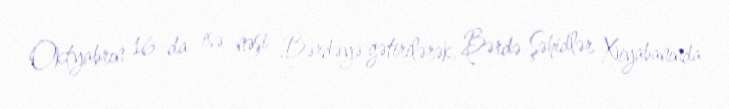
Oktyabrın 16-da isə nəşi Bərdəyə gətirilərək, Bərdə Şəhidlər Xiyabanında